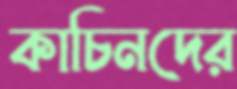
কাচিনদের